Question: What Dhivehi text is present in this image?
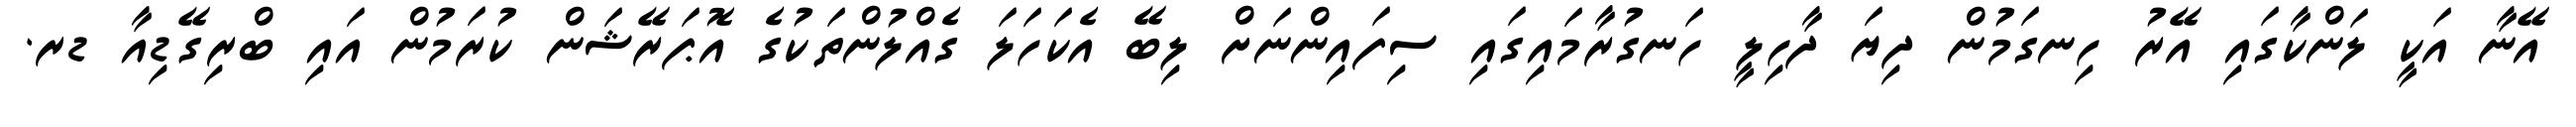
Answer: އޭނާ އަކީ ލަންކާގައި އޭރު ހިނގަމުން ދިޔަ ދާހިލީ ހަނގުރާމައިގައި ސިފައިންނަށް ލިބޭ އެކަހަލަ ގެއްލުންތަކުގެ އޮޕަރޭޝަން ކުރަމުން އައި ބްރިގޭޑިއާ ޑރ.